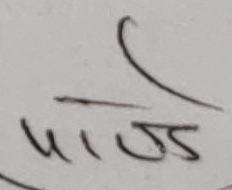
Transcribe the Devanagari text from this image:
पाज